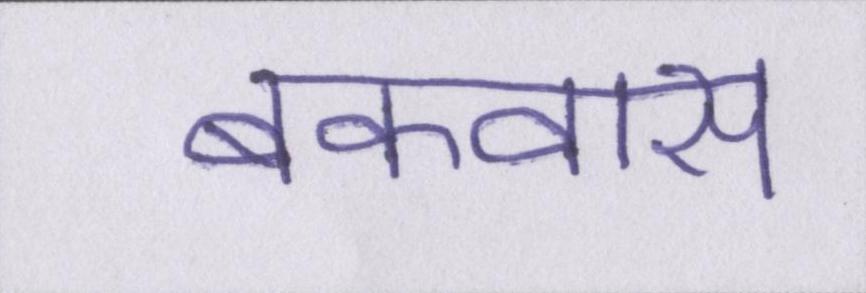
बकवास